Plague in India, 1896, 1897 - Volume 1
Year: 1896
Disease focus: Plague
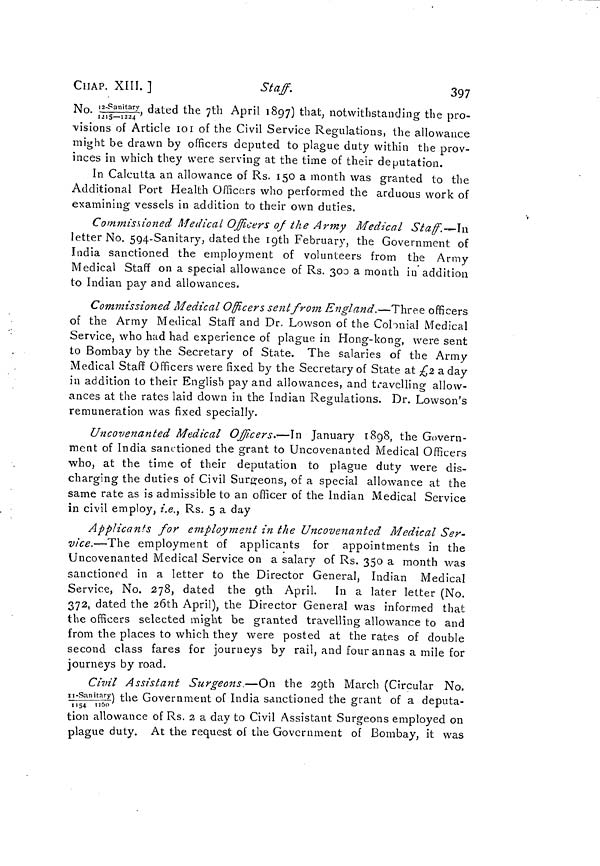
CHAP. XIII. ]
Staff.
397
No. 12-Sanitary/1215-1224, dated the 7th April 1897) that, notwithstanding the pro-
visions of Article 101 of the Civil Service Regulations, the allowance
might be drawn by officers deputed to plague duty within the prov-
inces in which they were serving at the time of their deputation.
In Calcutta an allowance of Rs. 150 a month was granted to the
Additional Port Health Officers who performed the arduous work of
examining vessels in addition to their own duties.
Commissioned Medical Officers of the Army Medical
Staff.-In
letter No. 594-Sanitary, dated the 19th February, the Government of
India sanctioned the employment of volunteers from the Army
Medical Staff on a special allowance of Rs. 300 a month in addition
to Indian pay and allowances.
Commissioned Medical Officers sent from England.—Three officers
of the Army Medical Staff and Dr. Lowson of the Colonial Medical
Service, who had had experience of plague in Hong-kong, were sent
to Bombay by the Secretary of State. The salaries of the Army
Medical Staff Officers were fixed by the Secretary of State at £2 a day
in addition to their English pay and allowances, and travelling allow-
ances at the rates laid down in the Indian Regulations. Dr. Lowson's
remuneration was fixed specially.
Uncovenanted Medical Officers.—In January 1898, the Govern-
ment of India sanctioned the grant to Uncovenanted Medical Officers
who, at the time of their deputation to plague duty were dis-
charging the duties of Civil Surgeons, of a special allowance at the
same rate as is admissible to an officer of the Indian Medical Service
in civil employ, i.e., Rs. 5 a day
Applicants for employment in the Uncovenanted Medical Ser-
vice.—The employment of applicants for appointments in the
Uncovenanted Medical Service on a salary of Rs. 350 a month was
sanctioned in a letter to the Director General, Indian Medical
Service, No. 278, dated the 9th April. In a later letter (No.
372, dated the 26th April), the Director General was informed that
the officers selected might be granted travelling allowance to and
from the places to which they were posted at the rates of double
second class fares for journeys by rail, and four annas a mile for
journeys by road.
Civil Assistant Surgeons.—On the 29th March (Circular No.
II-sanitary) the Government of India sanctioned the grant of a deputa-
1154 1160
tion allowance of Rs. 2 a day to Civil Assistant Surgeons employed on
plague duty. At the request of the Government of Bombay, it was